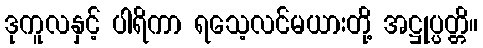
ဒုကူလနှင့် ပါရိကာ ရသေ့လင်မယားတို့ အဋ္ဌုပ္ပတ္တိ။